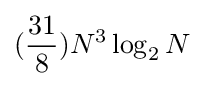
({\frac {31}{8}})N^{3}\log _{2}N